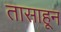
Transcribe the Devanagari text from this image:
तासाहून